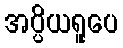
အပ္ပိယရူပေ